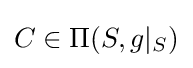
C\in \Pi (S,g|_{S})